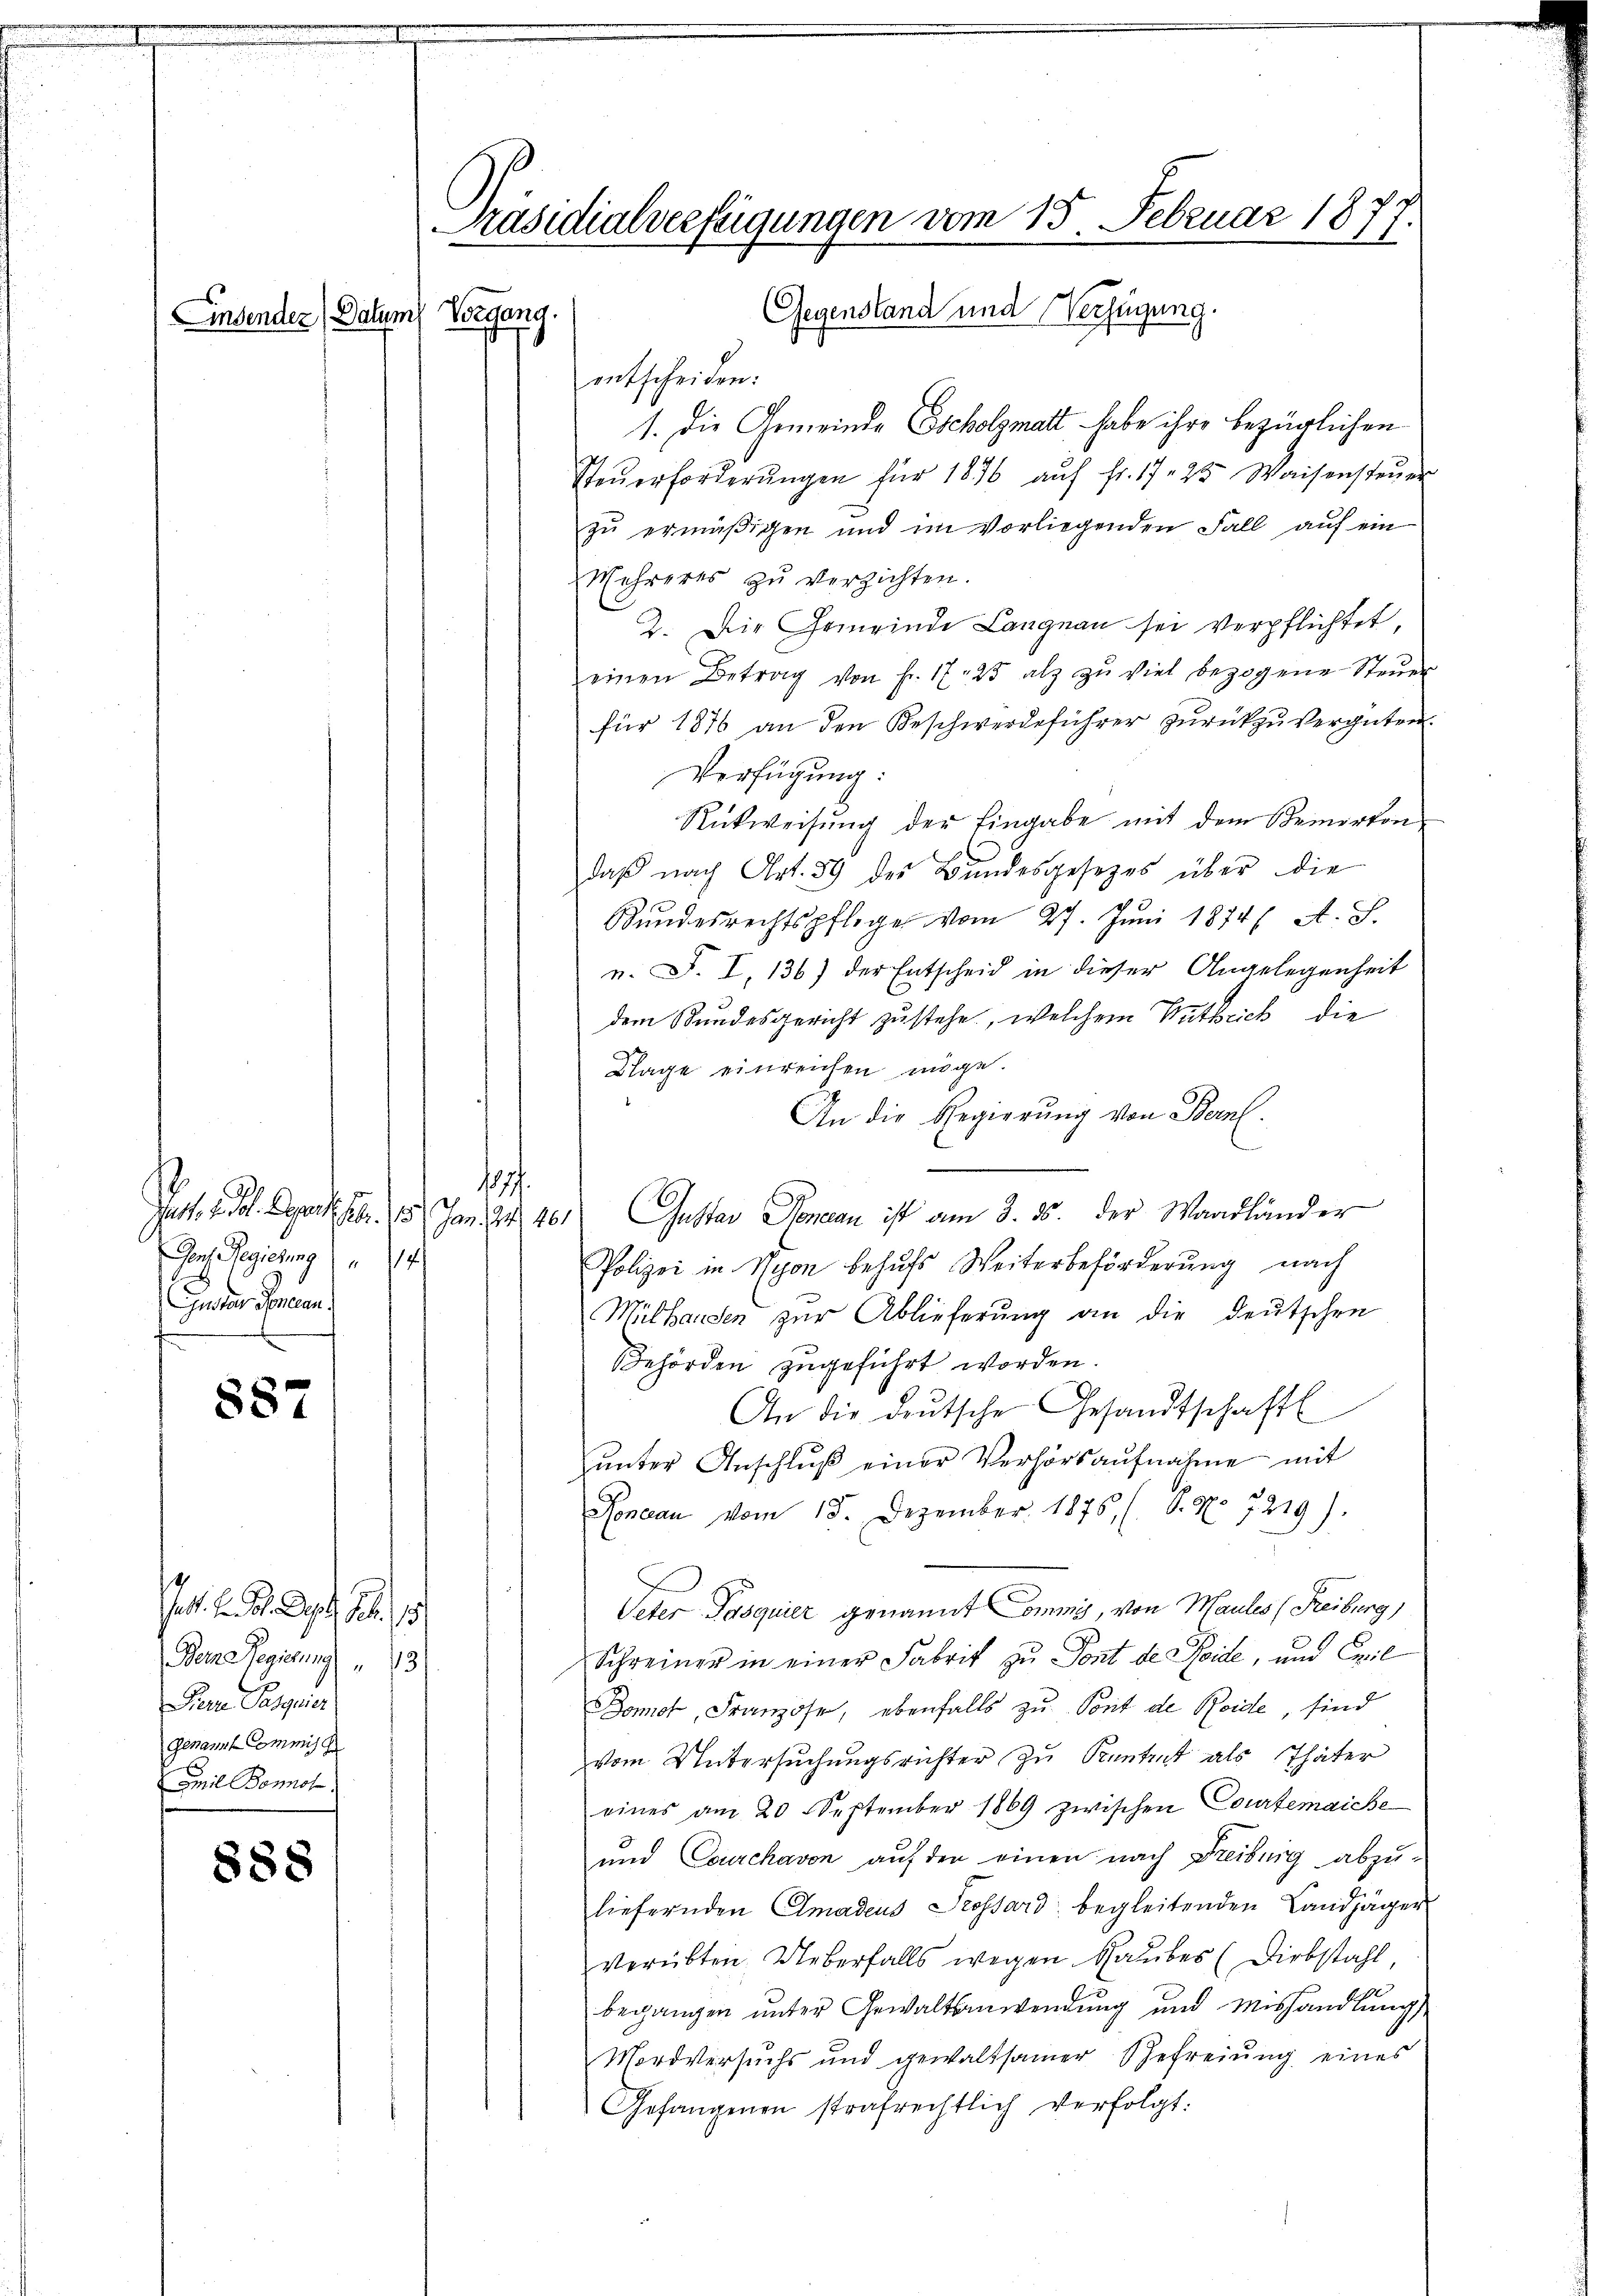
Einsender (Datum Vorgang.

887

888

Joch Regierung 1 74
Gueter Generan

Pact. l. M. D. S. 15
Derze Regierung " 13
Pere Pasquier
Genannt Commissi
Cmil Bonnot

1. Die Gemeinde Escholzmatt habe ihre bezüglichen
Steŭerforderŭngen für 1876 aŭf fr. 1725 Waisensteŭer
zŭ ermäβigen und im vorliegenden Fall aŭf ein
Mehreres zu verzichten.
2. Die Gemeinde Langnau sei verpflichtet,
einen Betrag von Fr. 1725 alz zŭ viel bezogene Steŭer
für 1876 an den Beschwerdeführer zurückzuvergüten.
Verfügung:
Rückweisŭng der Eingabe mit dem Bemerton-
daß nach Art. 89 des Bundesgesetzes über die
Kundesrechtspflege vom 27. Juni 1874/ A. S.
n. F. I, 136) der Entscheid in dieser Angelegenheit
dem Bundesgericht zustehe, welchem Antheich die
Klage einreichen möge.
An die Regierung von Bern.
Jast. St. Gebr. 15. Jan. 94. 20. Gustav Pendan ist am 3. 25. der Wandländer
Polizei in Nyon behufs Weiterbeförderung nach
Mülhausen zur Ablieferung an die deutschen
Behörden zugeführt worden.
An die deutsche Gesandtschaftl
unter Anschluß einer Verhörsaufnahme mit
Rondau vom 15. Dezember 1876 (O. N. 7219).
Veter Posquier genannt Commis, von Maules (Freiburg,
Schreiner in einer Fabrik zu Pont de Seide, und Emil
Donot, Franzose, ebenfalls zu Pont de Beide, sind
vom Untersuchungsrichter zu Kentrut als Thäter
eines am 20. September 1869 zwischen Courtenaiche
und Couchavon auf den einen nach Freiburg abzu-
liefernden Elmadeus Trossard begleitenden Landjäger
verübten Ueberfalls wegen Raubes (Diebstahl,
begangen unter Gewaltsanwendung und Mishandlung
Mordversuchs und gewaltsamer Gefreiung eines
Gefangenen strafrechtlich verfolgt:

.

Präsidialverfügungen vom 15. Februar 1877
Gegenstand und Verfügung.

entscheiden: